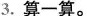
3.算一算。